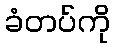
ခံတပ်ကို